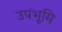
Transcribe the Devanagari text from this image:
उपभूमि